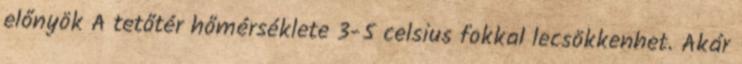
előnyök A tetőtér hőmérséklete 3-5 celsius fokkal lecsökkenhet. Akár